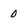
Character: 0